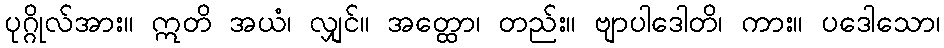
ပုဂ္ဂိုလ်အား။ ဣတိ အယံ၊ လျှင်။ အတ္ထော၊ တည်း။ ဗျာပါဒေါတိ၊ ကား။ ပဒေါသော၊